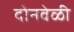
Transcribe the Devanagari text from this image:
दोनवेळी